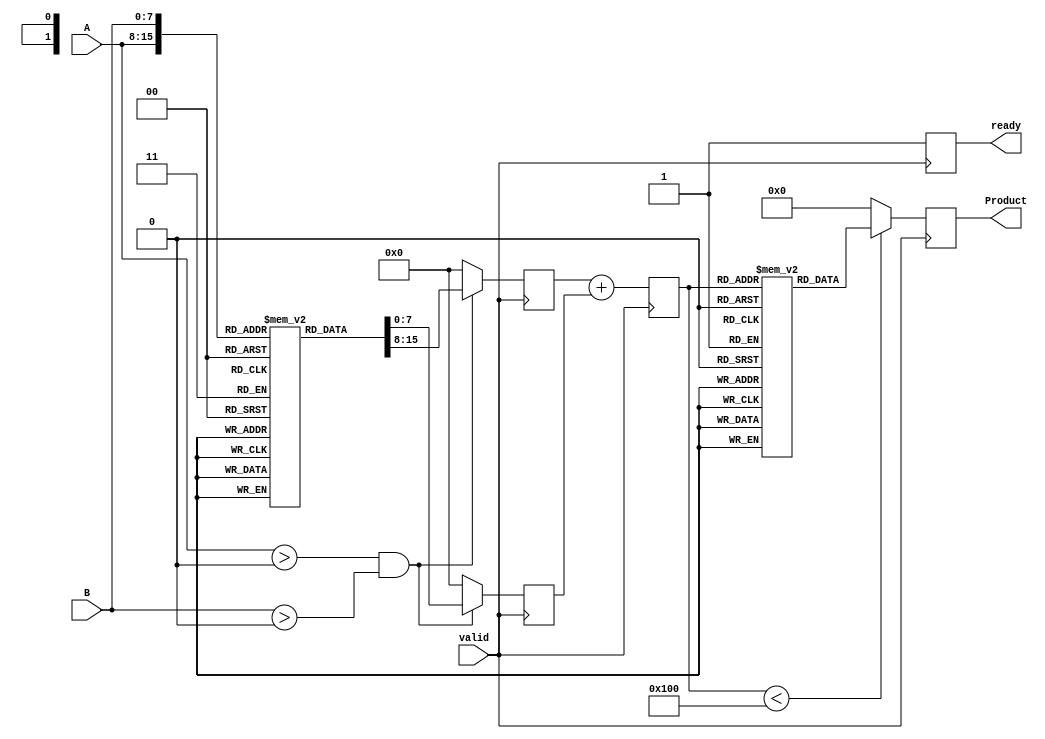
module log_multiplier #(
    parameter N = 8,  // Input width
    parameter M = 8,  // Logarithmic representation width
    parameter P = 16  // Output width (product)
)(
    input wire [N-1:0] A,  // Input A
    input wire [N-1:0] B,  // Input B
    input wire valid,       // Valid signal
    output reg [P-1:0] Product,  // Output product
    output reg ready       // Output ready signal
);

// Logarithmic LUT for inputs (example)
reg [M-1:0] log_lut [0:255]; // Assuming 8-bit input, LUT for 0-255
initial begin
    // Initialize the LUT with logarithmic values scaled appropriately
    // This is a placeholder; actual values need to be calculated based on the desired log base and precision.
    // log_lut[0] = 0;  // log(1) = 0 (for example)
    // ...
    // log_lut[255] = ...; // last value
end

// Exponential LUT for outputs (example)
reg [P-1:0] exp_lut [0:(1 << M)-1]; // LUT for exponentials based on log output
initial begin
    // Initialize the LUT with exponential values scaled appropriately
    // This is a placeholder; actual values need to be calculated based on the desired exp base and precision.
end

// Logarithmic conversion block
reg [M-1:0] logA, logB, logResult;

always @(posedge valid) begin
    if (A > 0 && B > 0) begin
        logA <= log_lut[A];  // Convert A to logarithmic form
        logB <= log_lut[B];  // Convert B to logarithmic form
    end else begin
        logA <= 0;           // Handle cases where A or B is 0
        logB <= 0;
    end
end

// Addition block
always @(posedge valid) begin
    logResult <= logA + logB; // Add logarithmic values
end

// Exponential conversion block
always @(posedge valid) begin
    // Check bounds for logResult
    if (logResult < (1 << M)) begin
        Product <= exp_lut[logResult]; // Convert back to linear form
    end else begin
        Product <= 0; // Handle overflow
    end
    ready <= 1; // Signal that output is ready
end

endmodule